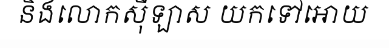
និងលោកស៊ីឡាស យកទៅអោយ